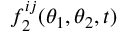
f _ { 2 } ^ { i j } ( \theta _ { 1 } , \theta _ { 2 } , t )